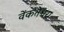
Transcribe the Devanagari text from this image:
वेंकतेश्वरा